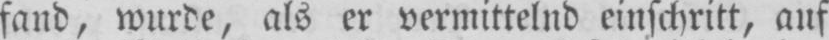
fand, wurde, als er vermittelnd einschritt, auf